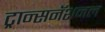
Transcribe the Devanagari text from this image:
ट्रान्सनॅशनल